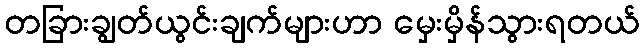
တခြားချွတ်ယွင်းချက်များဟာ မှေးမှိန်သွားရတယ်